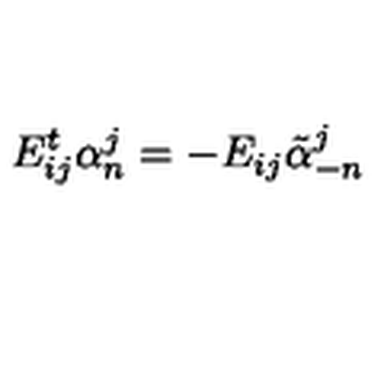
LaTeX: E _ { i j } ^ { t } \alpha _ { n } ^ { j } = - E _ { i j } \tilde { \alpha } _ { - n } ^ { j }